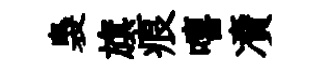
裊旗痕嘻凟